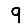
Digit: 9